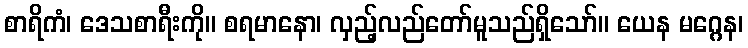
စာရိကံ၊ ဒေသစာရီးကို။ စရမာနော၊ လှည့်လည်တော်မူသည်ရှိသော်။ ယေန မဂ္ဂေန၊